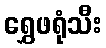
ရွှေဖရုံသီး